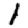
Digit: 1